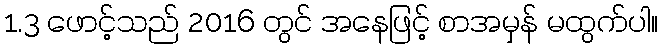
1.3 ဖောင့်သည် 2016 တွင် အနေဖြင့် စာအမှန် မထွက်ပါ။